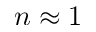
n \approx 1